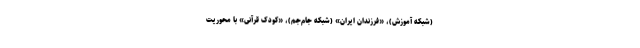
(شبکه آموزش)، «فرزندان ایران» (شبکه جام‌جم)، «کودک قرآنی» با محوریت